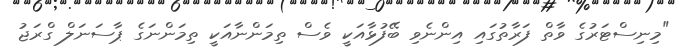
"މިނިސްޓަރުގެ ވާތް ފަރާތުގައި އިންނެވި ބޭފުޅާއަކީ ވެސް ތިމަންނާއަކީ ތިމަންނަގެ ޕާސަނަލް ގްރަޖު